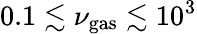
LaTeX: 0.1\lesssim\nu_{\mathrm{gas}}\lesssim 10^{3}